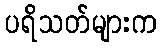
ပရိသတ်များက